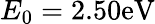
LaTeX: E_{0}=2.50\mathrm{eV}